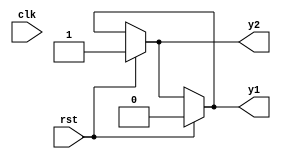
//******************************************************
//COPYRIGHT(c)2016,SouthChina university of technology
//ALL rights reserved.
//IP LIB INDEX :
//IP Name		:
//
//Module name 	:fbosc1
//Full name		:
//
//Data			:
//Version		:
//
//Abstract		:
//Called by		:Father Module
//
//Modification history
//--------------------------------------------------------
// //
// $LOG$
//
//********************************************************

//********************************************************
//DEFINE MODULE PORT //
//********************************************************
//

/*
The project fbosc1 and fbosc2 are design for understanding difference between block and unblock assignment.
When the rst signal is "1", the output y1 and y2 are assign to be 0 and 1 respectively. 
When the rst negedge happen, the two assignment command "y2 = y1 and y1 = y2" will be excutided in the same time, so shows the difference.
I concluded form these trainings that lobck assignment command will caculate the reslut and assign to the output at same clock, 
during which other commands cannot assign the output, so it is called 'bolck'. The unblock assignment caculate the value in one clock 
and assign the value in an another. 
Another important point is if there are not posedge or negedge behind always command, the cirtuit generated for block and unblock assignment are the same, 
but function are different. So it is very important to use negedge and posedge in unblock assignment commands.
*/
module fbosc1 (
					  //INPUT
						clk,
						rst,
					  //OUTPUT
						y1,
						y2
					  );
//********************************************************
//DEFINE PARAMETER //
//********************************************************


//********************************************************
//DEFINE INPUT //
//********************************************************
input clk, rst;
//********************************************************
//DEFINE OUTPUT //
//********************************************************
output y1, y2;
//********************************************************
//OUTPUT ATRIBUTE //
//********************************************************
//REGS
reg y1, y2;

//WIRES



//********************************************************
//MODULE  REGISTERS/WIRES DEFINE //
//********************************************************




//********************************************************
//INSTANCE MODULE //
//********************************************************



//********************************************************
//MAIN CODE //
//********************************************************
always @(clk, rst)
begin 
	if(rst) y2 =1;
	else y2 = y1;
end


always @(clk, rst)
begin 
	if(rst) y1 =0;
	else y1 = y2;
end

/*
In this cirtuit, there is a generated buffer in front of Y1 signal. So there will be a delay for Y1 assign to be Y2(the first always module),
it means the output will be both 0 at the end.
*/

//********************************************************//
endmodule